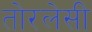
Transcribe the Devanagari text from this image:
तोरलेसी